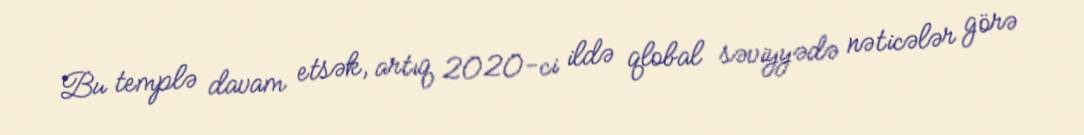
Bu templə davam etsək, artıq 2020-ci ildə qlobal səviyyədə nəticələr görə